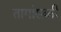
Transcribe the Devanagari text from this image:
तागांसकी